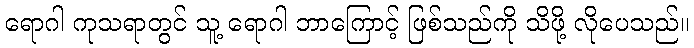
ရောဂါ ကုသရာတွင် သူ့ ရောဂါ ဘာကြောင့် ဖြစ်သည်ကို သိဖို့ လိုပေသည်။